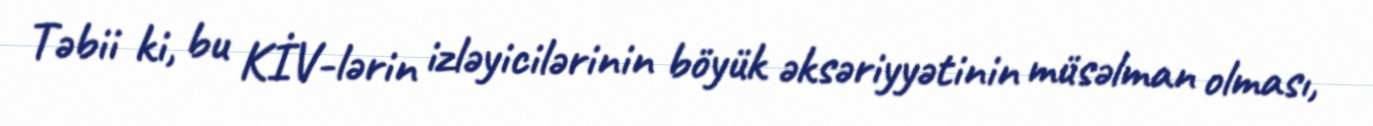
Təbii ki, bu KİV-lərin izləyicilərinin böyük əksəriyyətinin müsəlman olması,